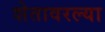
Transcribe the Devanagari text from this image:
शेतावरल्या